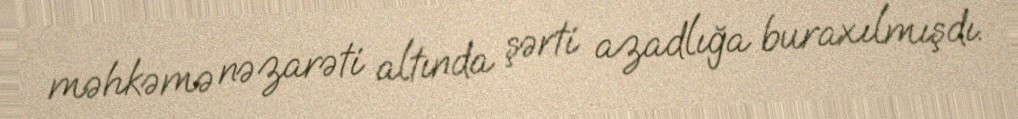
məhkəmə nəzarəti altında şərti azadlığa buraxılmışdı.